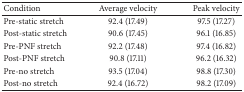
<table><thead><tr><td><b>Condition </b></td><td><b>Average velocity</b></td><td><b>Peak velocity</b></td></tr></thead><tbody><tr><td>Pre-static stretch</td><td>92.4 (17.49)</td><td>97.5 (17.27)</td></tr><tr><td>Post-static stretch</td><td>90.6 (17.45)</td><td>96.1 (16.85)</td></tr><tr><td>Pre-PNF stretch</td><td>92.2 (17.48)</td><td>97.4 (16.82)</td></tr><tr><td>Post-PNF stretch</td><td>90.8 (17.11)</td><td>96.2 (16.32)</td></tr><tr><td>Pre-no stretch</td><td>93.5 (17.04)</td><td>98.8 (17.30)</td></tr><tr><td>Post-no stretch</td><td>92.4 (16.72)</td><td>98.2 (17.09)</td></tr></tbody></table>